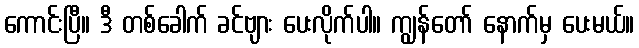
ကောင်းပြီ။ ဒီ တစ်ခေါက် ခင်ဗျား ပေးလိုက်ပါ။ ကျွန်တော် နောက်မှ ပေးမယ်။